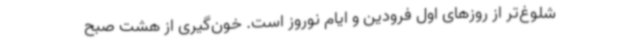
شلوغ‌تر از روزهای اول فرودین و ایام نوروز است. خون‌گیری از هشت صبح